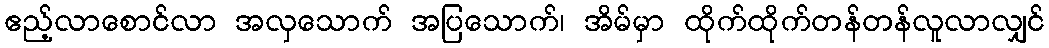
ဧည့်လာစောင်လာ အလှသောက် အပြသောက်၊ အိမ်မှာ ထိုက်ထိုက်တန်တန်လူလာလျှင်